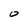
Character: O